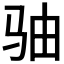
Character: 𩧨